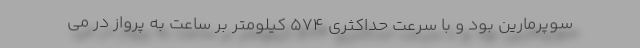
سوپرمارین بود و با سرعت حداکثری 574 کیلومتر بر ساعت به پرواز در می